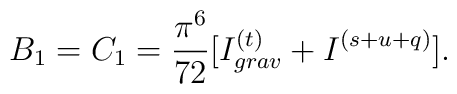
B_1 = C_1 = \frac{\pi^6}{72}[I_{grav}^{(t)} + I^{(s+u+q)}].